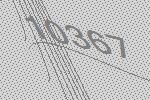
10367